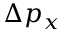
\Delta p _ { x }